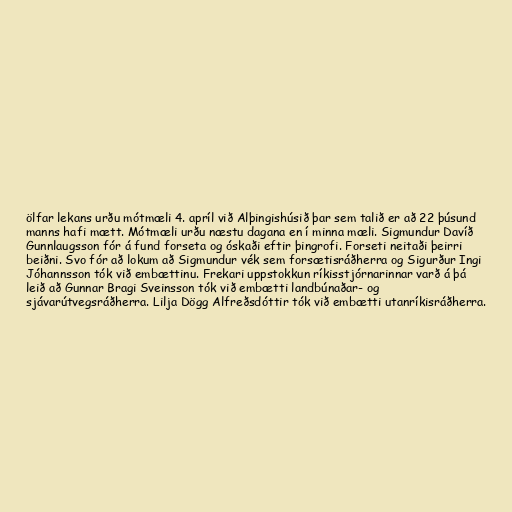
ölfar lekans urðu mótmæli 4. apríl við Alþingishúsið þar sem talið er að 22 þúsund
manns hafi mætt. Mótmæli urðu næstu dagana en í minna mæli. Sigmundur Davíð
Gunnlaugsson fór á fund forseta og óskaði eftir þingrofi. Forseti neitaði þeirri
beiðni. Svo fór að lokum að Sigmundur vék sem forsætisráðherra og Sigurður Ingi
Jóhannsson tók við embættinu. Frekari uppstokkun ríkisstjórnarinnar varð á þá
leið að Gunnar Bragi Sveinsson tók við embætti landbúnaðar- og
sjávarútvegsráðherra. Lilja Dögg Alfreðsdóttir tók við embætti utanríkisráðherra.